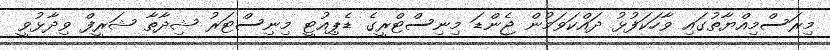
މިރަސްމިއްޔާތުގައި ވާހަކަފުޅު ދައްކަވަމުން ޖެންޑަ މިނިސްޓްރީގެ ޑެޕިއުޓީ މިނިސްޓަރު ޝިދާތާ ޝަރީފް ވިދާޅުވީ